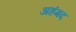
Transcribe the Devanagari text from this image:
अहंमद